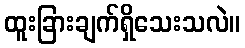
ထူးခြားချက်ရှိသေးသလဲ။